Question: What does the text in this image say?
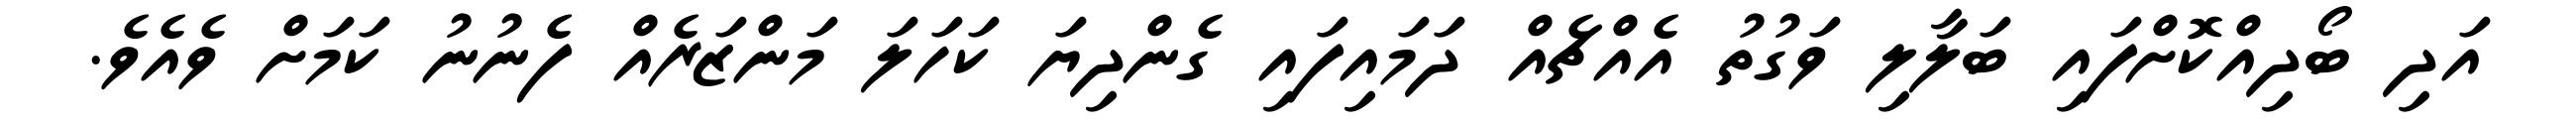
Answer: އަދި ބޯދިއްކޮށްފައި ބަލާލި ވަގުތު އެއްޗެއް ދަމައިފައި ގެންދިޔަ ކަހަލަ މަންޒަރެއް ފެނުނު ކަމަށް ވެއެވެ.